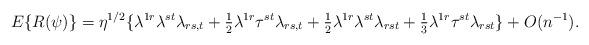
LaTeX: \begin{align*}E\{R(\psi)\}=\eta^{1/2}\{\lambda^{1r}\lambda^{st}\lambda_{rs,t}+{\textstyle{1\over 2}}\lambda^{1r}\tau^{st}\lambda_{rs,t}+{\textstyle{1\over 2}}\lambda^{1r}\lambda^{st}\lambda_{rst}+{\textstyle{1\over 3}}\lambda^{1r}\tau^{st}\lambda_{rst}\}+O(n^{-1}).\end{align*}